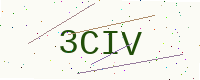
Text: 3CIV